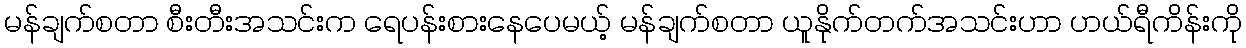
မန်ချက်စတာ စီးတီးအသင်းက ရေပန်းစားနေပေမယ့် မန်ချက်စတာ ယူနိုက်တက်အသင်းဟာ ဟယ်ရီကိန်းကို